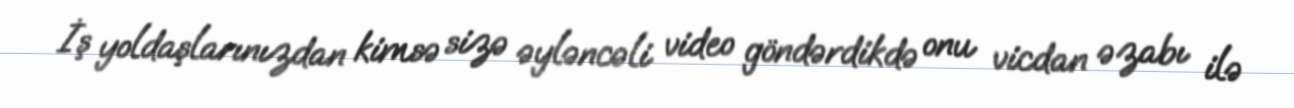
İş yoldaşlarınızdan kimsə sizə əyləncəli video göndərdikdə onu vicdan əzabı ilə